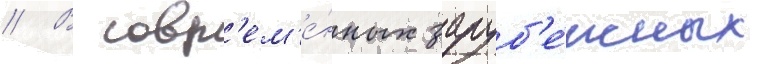
// В совр'ем'е́нных заруб'е́жных